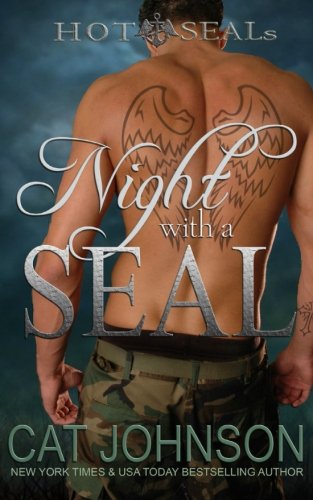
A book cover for Night with a SEAL (Hot SEALs) (Volume 1); Cat Johnson; Romance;